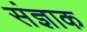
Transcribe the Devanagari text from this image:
संज्ञाक